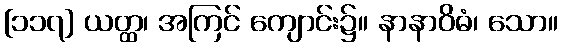
[၁၁၇] ယတ္ထ၊ အကြင် ကျောင်း၌။ နာနာဝိဓံ၊ သော။